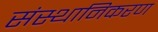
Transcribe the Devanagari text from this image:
संस्थानिकरण